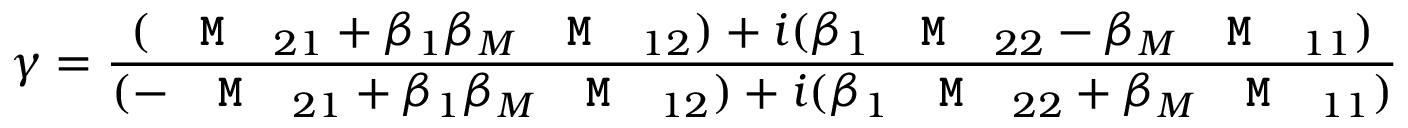
\gamma = \frac { ( \texttt { \textbf { M } } _ { 2 1 } + \beta _ { 1 } \beta _ { M } \texttt { \textbf { M } } _ { 1 2 } ) + i ( \beta _ { 1 } \texttt { \textbf { M } } _ { 2 2 } - \beta _ { M } \texttt { \textbf { M } } _ { 1 1 } ) } { ( - \texttt { \textbf { M } } _ { 2 1 } + \beta _ { 1 } \beta _ { M } \texttt { \textbf { M } } _ { 1 2 } ) + i ( \beta _ { 1 } \texttt { \textbf { M } } _ { 2 2 } + \beta _ { M } \texttt { \textbf { M } } _ { 1 1 } ) }